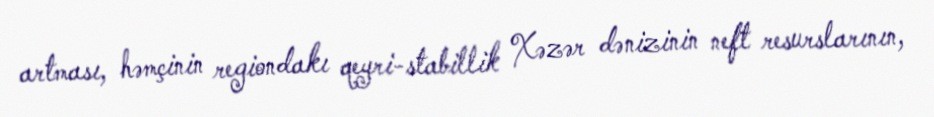
artması, həmçinin regiondakı qeyri-stabillik Xəzər dənizinin neft resurslarının,